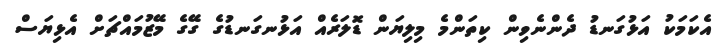
އެކަމަކު އަޅުގަނޑު ދެންނެވިން ކިތަންމެ މިލިޔަން ޑޮލަރެއް އަޅުނގަނޑުގެ ގޭގެ މޭޒުމައްޗަށް އެޅިޔަސް